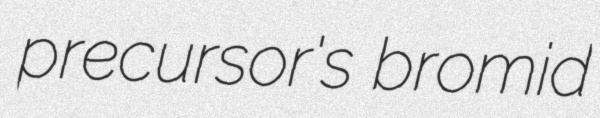
precursor's bromid